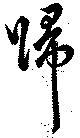
帰